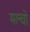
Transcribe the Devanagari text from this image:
मल्चो